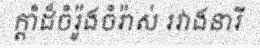
ក្តាំដ៏ចំរ៉ូងចំរ៉ាស់ រវាងនារី